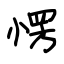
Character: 愣